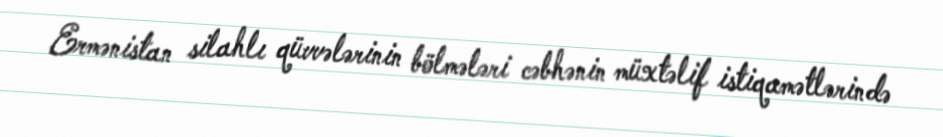
Ermənistan silahlı qüvvələrinin bölmələri cəbhənin müxtəlif istiqamətlərində